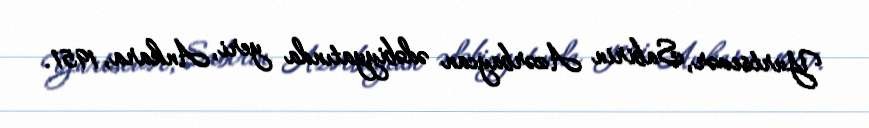
Yurtsevər, Sabirin Azərbaycan ədəbiyyatında yeri, Ankara, 1951.